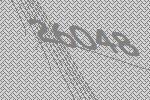
26048